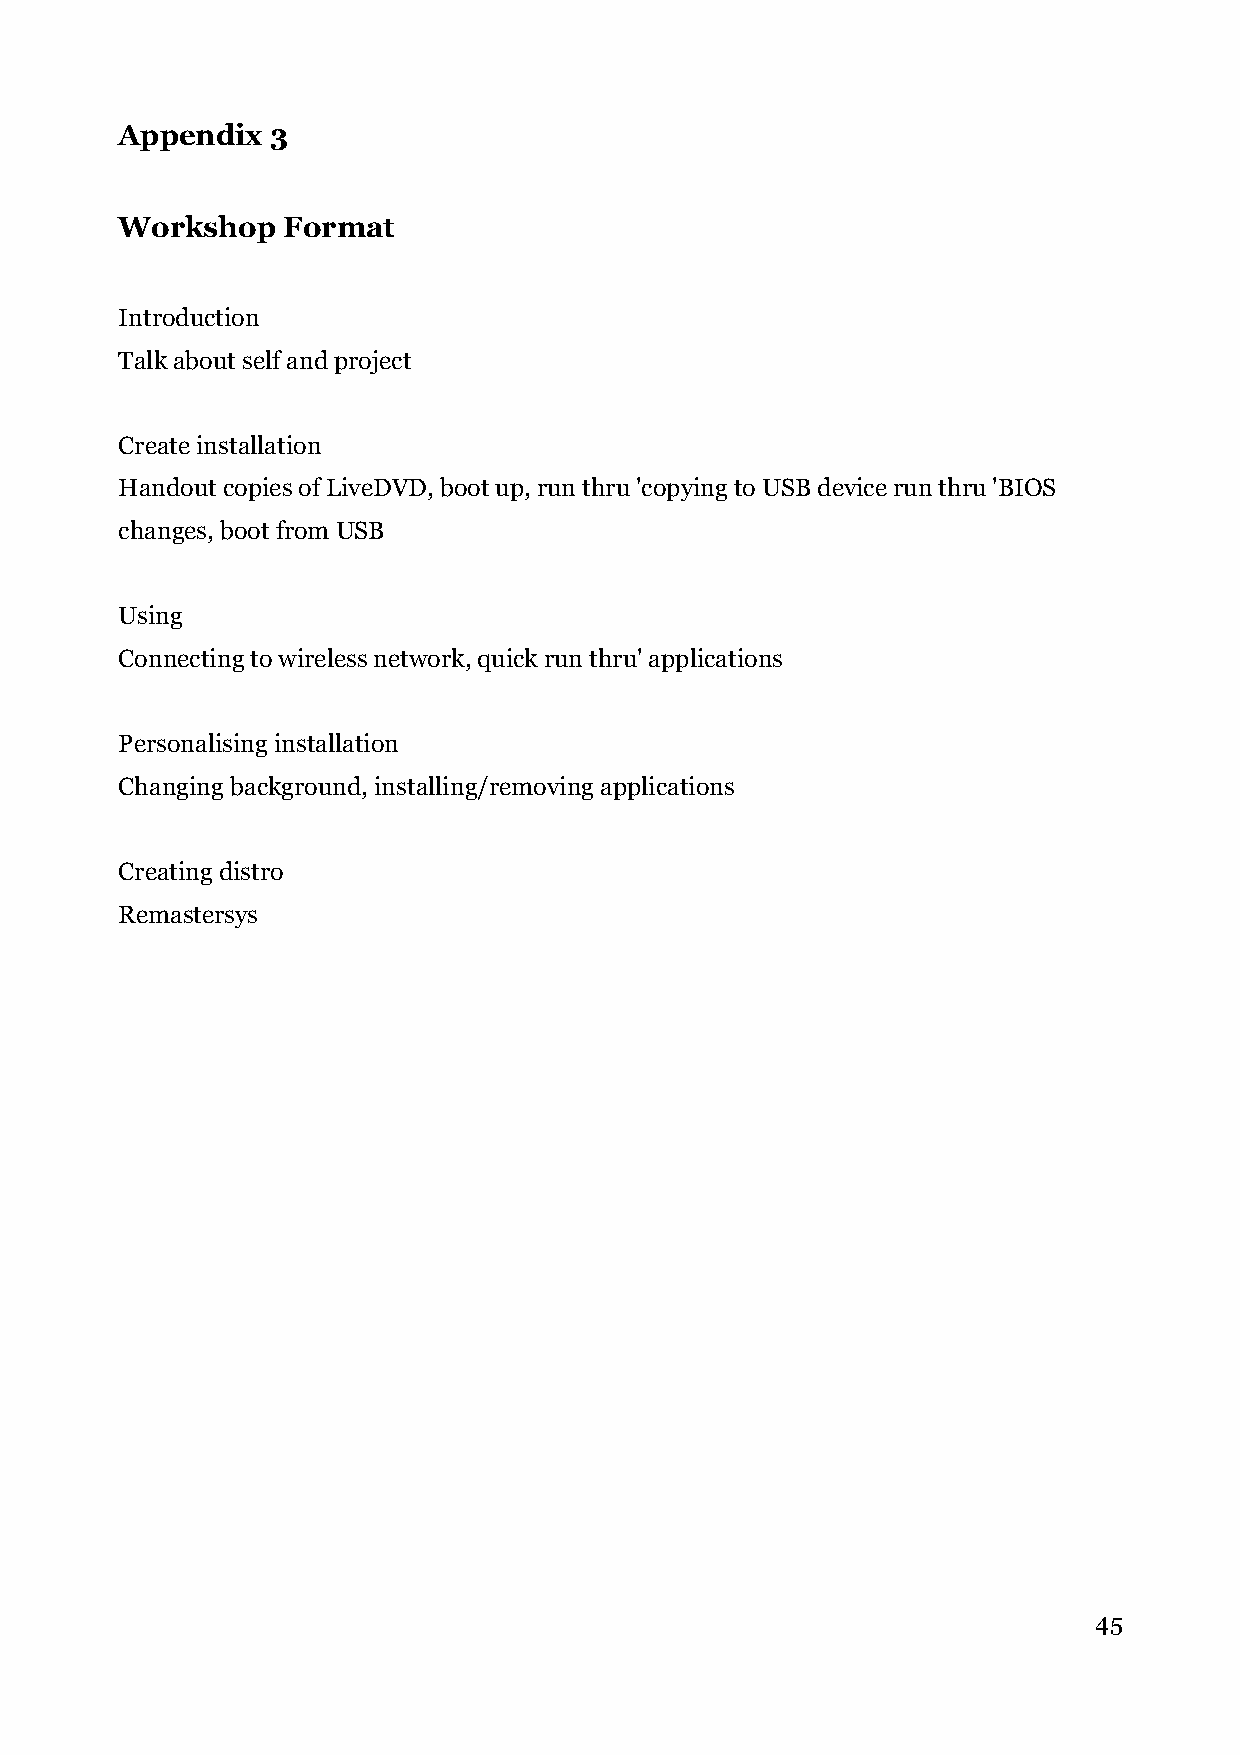
Appendix  3
 Workshop   Format
 Introduction
 Talk about self and project
 Create installation
 Handout copies of LiveDVD, boot up, run thru 'copying to USB device run thru 'BIOS
 changes, boot from USB
 Using
 Connecting to wireless network, quick run thru' applications
 Personalising installation
 Changing background, installing/removing applications
 Creating distro
 Remastersys
 45